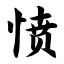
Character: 愤